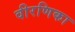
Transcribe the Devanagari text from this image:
वीरणिका